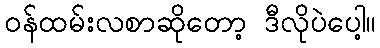
ဝန်ထမ်းလစာဆိုတော့ ဒီလိုပဲပေါ့။